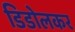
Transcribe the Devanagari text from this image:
डिडोलकर